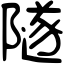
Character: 隧